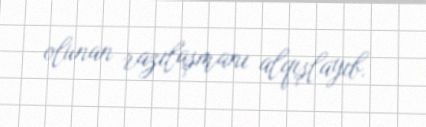
olunan razılaşmanı alqışlayıb.